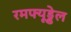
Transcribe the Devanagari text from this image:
रमफ्यूड्डेल